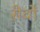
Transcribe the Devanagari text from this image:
रीवों